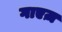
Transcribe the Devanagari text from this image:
गाएज़